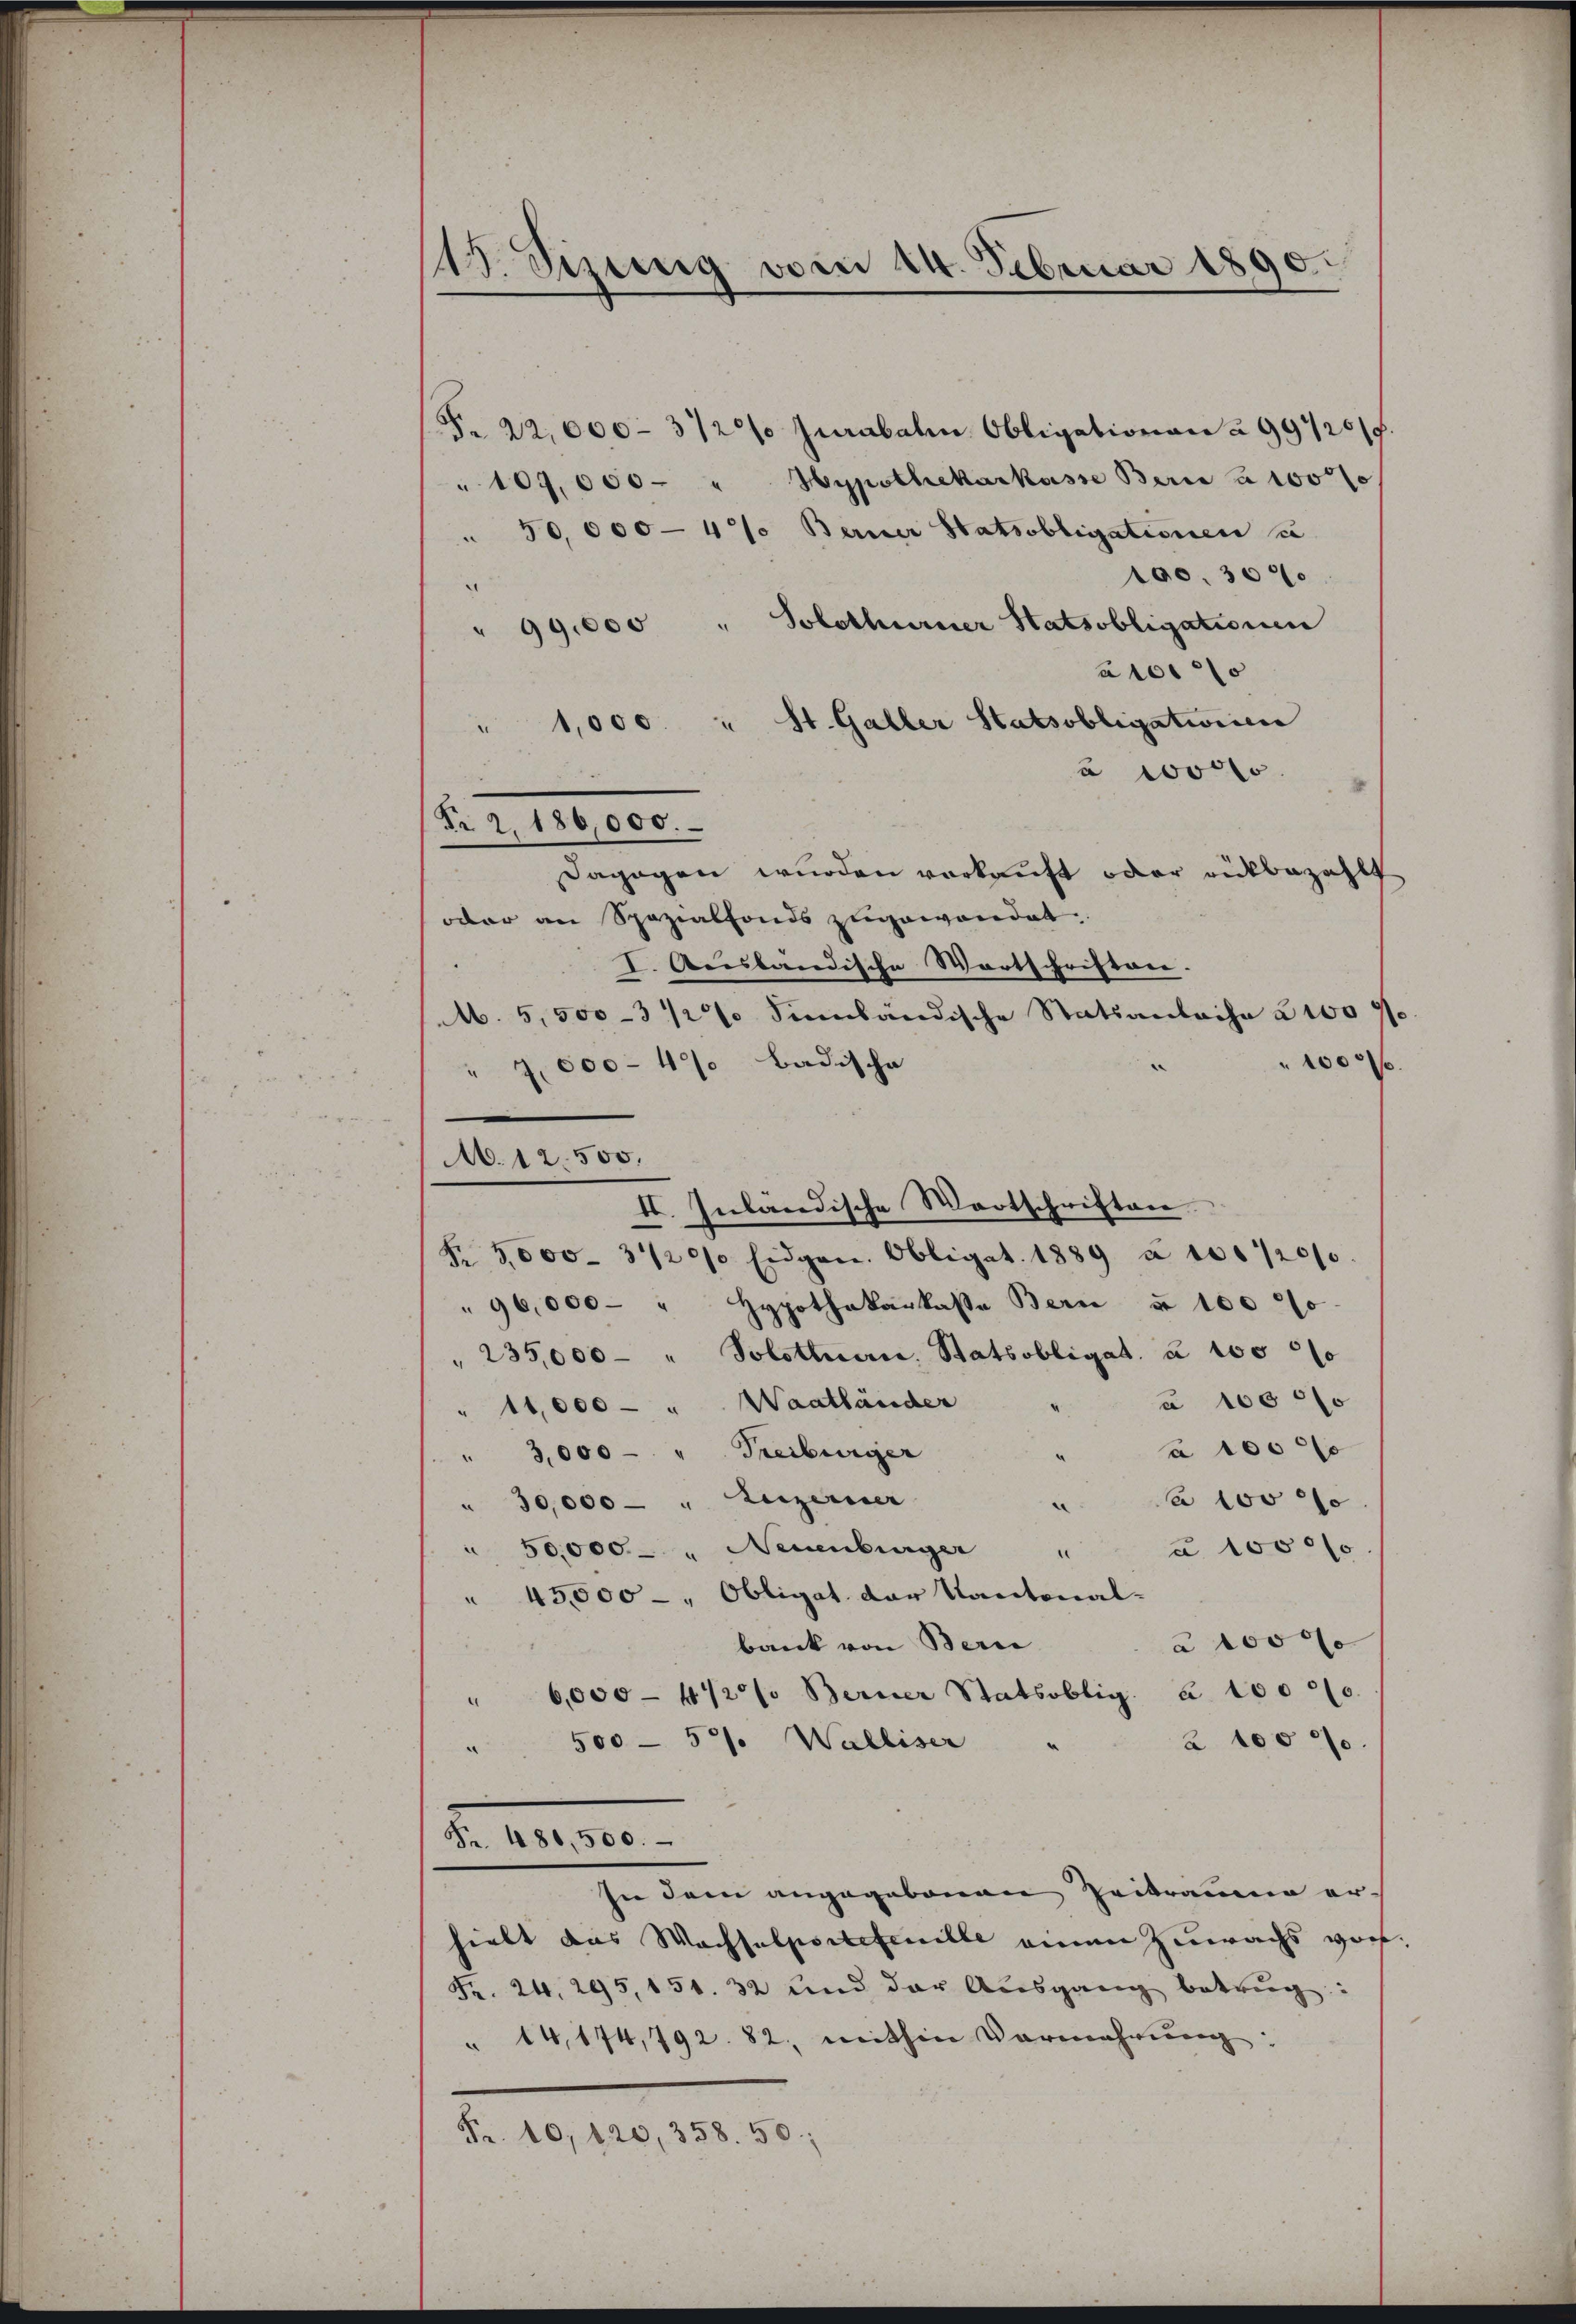
13. Sizung vom 24. Februar 1890.

F. 22,000 - 312% jurabaten Obligationen à 99420/5.
" 109,000 " Hypothekarkasse Berica 100 f
" 50,000 - 4% Berner Statsobligationen u
100. 300
¬
" 99,000 " Solothurner Statsobligationen
a 1000
" 1,000. " St. Galler Statsobligationen
à posto
dagegen wurden vorkauft oder rükbezahlt
oder an Spezialfonds zugewandet.
I. Ausländische Wortschriften.
M. 5,500-3 1/2% Simbändische Statsanlache 2 No 71
1000
" 4000 - 4% badische
II. Inländische Wortschriften
Nr. 3000. 31200 Eidgen. Obligat. 1889 à 100/2000.
"96,000 - " Hypothekarkasse Bern u. 1000
Solothurn. Statsobligat. u 100 f
" 235,000
u 10000
" 11,000 - " Waatländer
a 100 x
" 3,000 - " Freiburger
a wo
" 30,000 - " Luzerner
¬
" 50,000.- " Neuenburger
u 1000f
d
 45,000 - " Obligat der Kantonal-
 1000
bank von Beri
" 6,000 - 4/2% Berner Statsoblig. a. 10000.
" 500 - 57. Walliser
à 10000
Fr. 486,500.
In dem angegebenen Zeitraume er-
hielt das Wachsulportetenille einen Zuwachs vor
Fr. 24. 295, 151. 32 und der Aŭsgang betrag:
" 14, 174,792. 82, mithin Vermehrung:
Fr. 10,120, 358. 50;

Nr. 2. 186,000.

M.12.500.